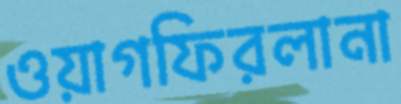
ওয়াগফিরলানা